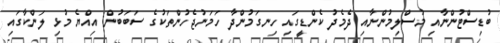
ބުޑިސްޓުންނާއި މުސްލިމުންނާއި ދެމެދު ކެންޑީގައި ހިނގަމުންދާ ހަމަނުޖެހުންތަކުގެ ސަބަބުން އިއްޔެ މުޅި ލަންކާގައި